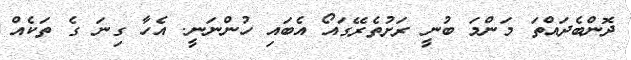
ދޮންބެދައްތަ މަންމަ ބުނީ ރަށުތެރޭގައޯ އެބައި ހުންނަނީ. އެހާ ގިނަ ގެ ތަކެއް